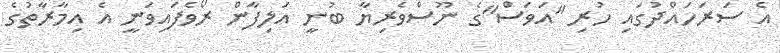
އެ ސަރަަހައްދުގައި ހުރި "އަވަސް"ގެ ނޫސްވެރިޔާ ބުނީ އަލިފާން ރޯވެފައިވަނީ އެ އިމާރާތުގެ